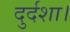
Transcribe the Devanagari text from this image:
दुर्दशा।